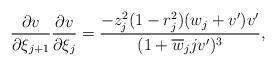
LaTeX: \begin{align*}\frac{\partial v}{\partial\xi_{j+1}}\frac{\partial v}{\partial\xi_{j}}=\frac{-z_j^2(1-r_j^2)(w_j+v^\prime)v^\prime}{(1+\overline{w}_jjv^\prime)^3},\end{align*}